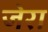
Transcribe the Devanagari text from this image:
जेरा